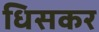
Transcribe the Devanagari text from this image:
धिसकर